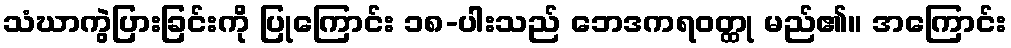
သံဃာကွဲပြားခြင်းကို ပြုကြောင်း ၁၈-ပါးသည် ဘေဒကရဝတ္ထု မည်၏။ အကြောင်း